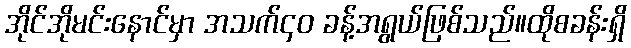
အိုင်အိုမင်းနောင်မှာ အသက်၄၀ ခန့်အရွယ်ဖြစ်သည်။ထိုစခန်းရှိ